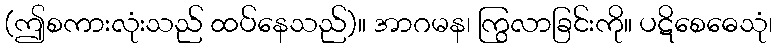
(ဤစကားလုံးသည် ထပ်နေသည်)။ အာဂမန၊ ကြွလာခြင်းကို။ ပဋိစေဓေသုံ၊